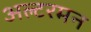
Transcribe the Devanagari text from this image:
अल्टरमन